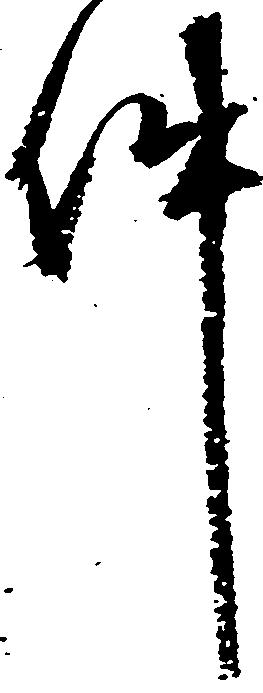
件